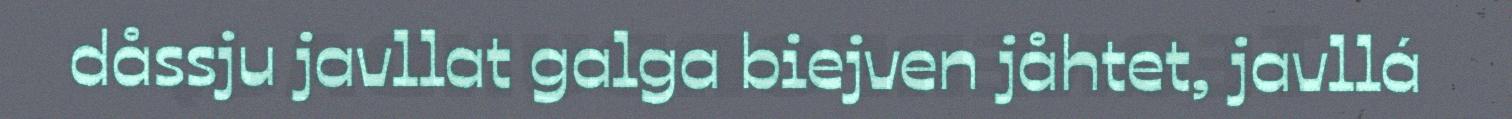
dåssju javllat galga biejven jåhtet, javllá